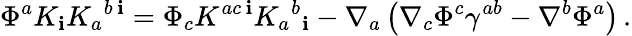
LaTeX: \Phi^{a}K_{\mathbf{i}}K_{a}{}^{b\, \mathbf{i}}=\Phi_{c}K^{ac\, \mathbf{i}}K_{a}{}^{b}{}_{\mathbf{i}}-\nabla_{a}\left(\nabla_{c}\Phi^{c}\gamma^{ab}-\nabla^{b}\Phi^{a}\right)\, .